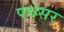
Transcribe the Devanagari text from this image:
पद्यसर